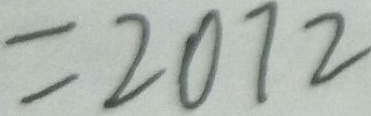
= 2 0 7 2